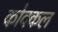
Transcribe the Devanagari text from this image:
कोवकल